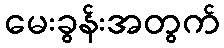
မေးခွန်းအတွက်